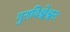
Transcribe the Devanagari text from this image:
गुरुविश्वेश्वरः